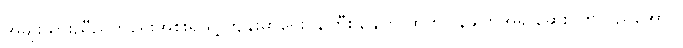
အမျိုးသားညီညွတ်ရေးအစိုးရ ရဲ့ ကျန်းမာရေးဝန်ကြီးဌာနက ထုတ်ပြန်ချက်အရ ဆေးပတ်လည်အောင်